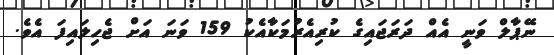
ނޭޕާލް ވަނީ އެއް ދަރަޖައިގެ ކުރިއެރުމަކާއެކު 159 ވަނަ އަށް ޖެހިލައިފަ އެވެ.